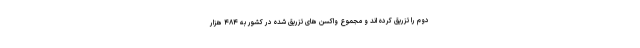
دوم را تزریق کرده اند و مجموع واکسن های تزریق شده در کشور به ۴۸۴ هزار